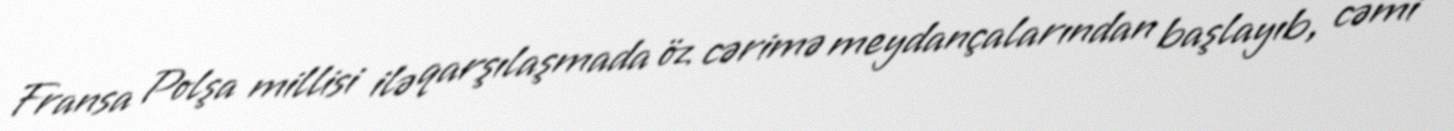
Fransa Polşa millisi ilə qarşılaşmada öz cərimə meydançalarından başlayıb, cəmi